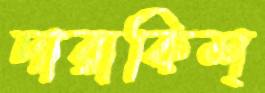
দারাকিশ্